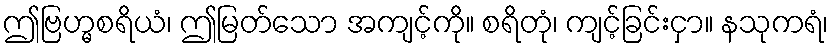
ဤဗြဟ္မစရိယံ၊ ဤမြတ်သော အကျင့်ကို။ စရိတုံ၊ ကျင့်ခြင်းငှာ။ နသုကရံ၊